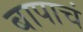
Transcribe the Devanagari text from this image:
बापाचं